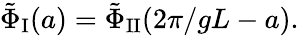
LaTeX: \tilde{\Phi}_{\mathrm{I}}(a)=\tilde{\Phi}_{\mathrm{II}}(2\pi/gL-a).